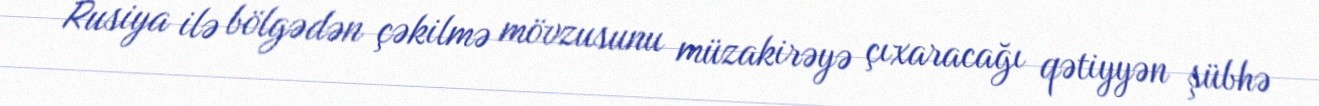
Rusiya ilə bölgədən çəkilmə mövzusunu müzakirəyə çıxaracağı qətiyyən şübhə